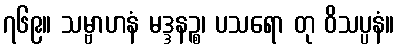
၇၆၉။ သမ္ဗာဟနံ မဒ္ဒနဉ္စ၊ ပသရော တု ဝိသပ္ပနံ။